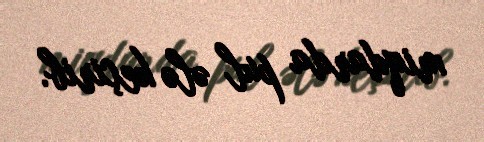
miqdarda pul ələ keçirib.